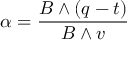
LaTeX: \alpha = { \frac { B \wedge ( q - t ) } { B \wedge v } }